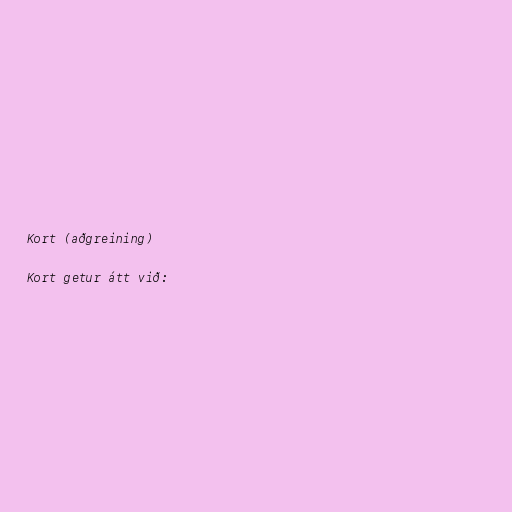
Kort (aðgreining)

Kort getur átt við: